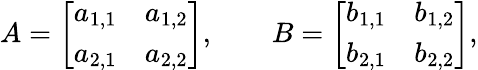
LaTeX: A={\left[\begin{array}{ll}{a_{1,1}}&{a_{1,2}}\\ {a_{2,1}}&{a_{2,2}}\end{array}\right]},\qquad B={\left[\begin{array}{ll}{b_{1,1}}&{b_{1,2}}\\ {b_{2,1}}&{b_{2,2}}\end{array}\right]},